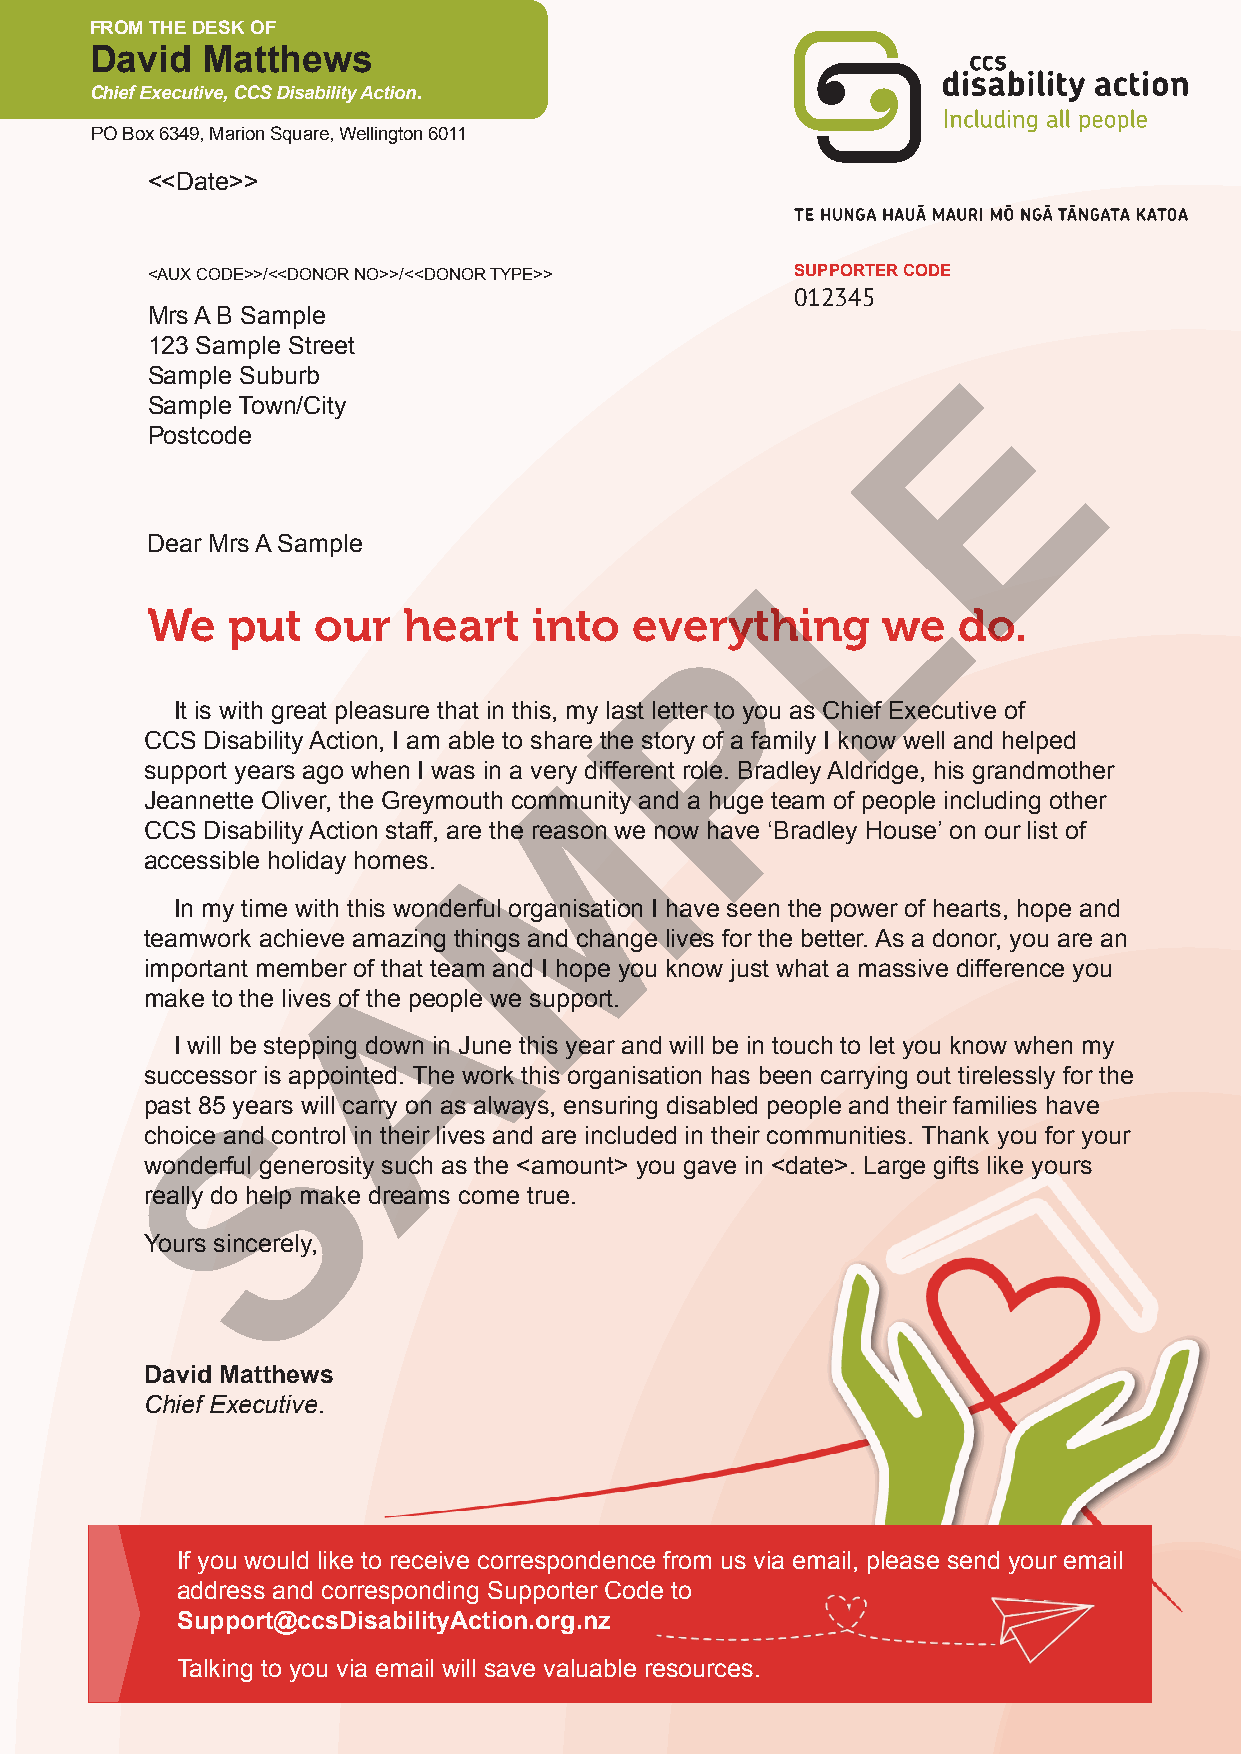
FROM THE DESK OF
 David  Matthews
 Chief Executive, CCS Disability Action.
 PO Box 6349, Marion Square, Wellington 6011
 <<Date>>
 <AUX CODE>>/<<DONOR NO>>/<<DONOR TYPE>>    SUPPORTER CODE
 012345
 Mrs A B Sample
 123 Sample Street
 E
 Sample Suburb
 Sample Town/City
 Postcode
 L
 Dear Mrs A Sample
 We   put   our   heart   into   everything      we   do.
 P
 It is with great pleasure that in this, my last letter to you as Chief Executive of
 CCS Disability Action, I am able to share the story of a family I know well and helped
 M
 support years ago when I was in a very different role. Bradley Aldridge, his grandmother
 Jeannette Oliver, the Greymouth community and a huge team of people including other
 CCS Disability Action staff, are the reason we now have ‘Bradley House’ on our list of
 accessible holiday homes.
 In my time with this wonderful organisation I have seen the power of hearts, hope and
 teamwork achieve amAazing things and change lives for the better. As a donor, you are an
 important member of that team and I hope you know just what a massive difference you
 make to the lives of the people we support.
 I will be stepping down in June this year and will be in touch to let you know when my
 successor is appointed. The work this organisation has been carrying out tirelessly for the
 S
 past 85 years will carry on as always, ensuring disabled people and their families have
 choice and control in their lives and are included in their communities. Thank you for your
 wonderful generosity such as the <amount> you gave in <date>. Large gifts like yours
 really do help make dreams come true.
 Yours sincerely,
 David Matthews
 Chief Executive.
 If you would like to receive correspondence from us via email, please send your email
 address and corresponding Supporter Code to
 Support@ccsDisabilityAction.org.nz
 Talking to you via email will save valuable resources.